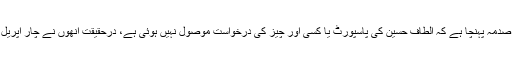
الطاف حسین کا کہنا ہے کہ سینیٹ کی کمیٹی برائے داخلہ کے اجلاس میں حکام کے اس موقف پر انھیں صدمہ پہنچا ہے کہ الطاف حسین کی پاسپورٹ یا کسی اور چیز کی درخواست موصول نہیں ہوئی ہے، درحقیقت انھوں نے چار اپریل کو جب پاکستانی پاسپورٹ کے لیے درخواست دی تو انھیں بتایا گیا کہ پہلے شناختی کارڈ بنانا پڑے گا۔